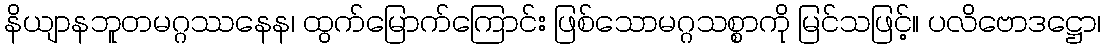
နိယျာနဘူတမဂ္ဂဿနေန၊ ထွက်မြောက်ကြောင်း ဖြစ်သောမဂ္ဂသစ္စာကို မြင်သဖြင့်။ ပလိဗောဒဋ္ဌော၊